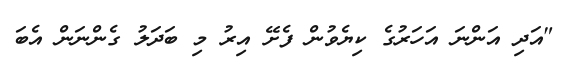
"އަދި އަންނަ އަހަރުގެ ކިޔެވުން ފެށޭ އިރު މި ބަދަލު ގެންނަން އެބަ